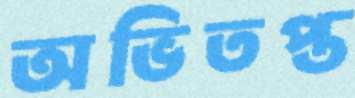
অভিতপ্ত